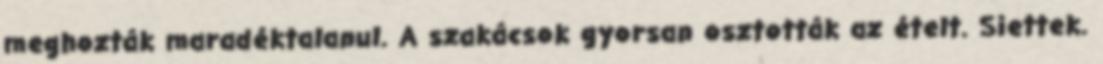
meghozták maradéktalanul. A szakácsok gyorsan osztották az ételt. Siettek.